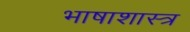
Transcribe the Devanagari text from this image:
भाषाशास्‍त्र